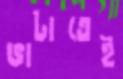
ভাটাতেই